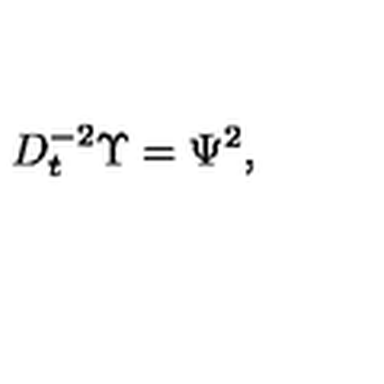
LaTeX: D _ { t } ^ { - 2 } \Upsilon = \Psi ^ { 2 } ,